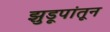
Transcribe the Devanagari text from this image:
झुडूपांतून